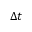
\Delta t